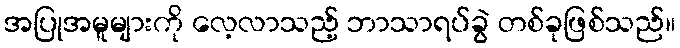
အပြုအမူများကို လေ့လာသည့် ဘာသာရပ်ခွဲ တစ်ခုဖြစ်သည်။